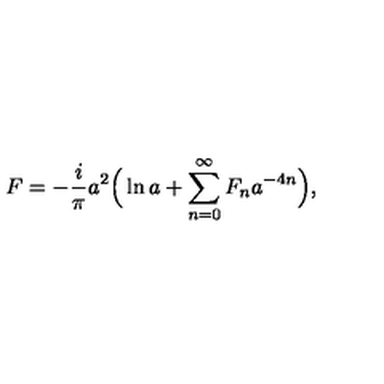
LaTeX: F = - \frac { i } { \pi } a ^ { 2 } \Big ( \ln a + \sum _ { n = 0 } ^ { \infty } F _ { n } a ^ { - 4 n } \Big ) ,